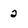
Character: 2